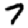
Digit: 7